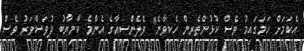
އެކަމަށް ހަމަގައިމު ވެސް ކުޅުންތެރިން ހެކިވާނެ" ވެލެންސިއާގެ އެންމެ ކާމިޔާބު ދުވަސްވަރު ވެސް